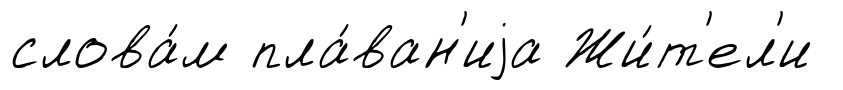
слова́м пла́ван'иjа Жи́т'ел'и